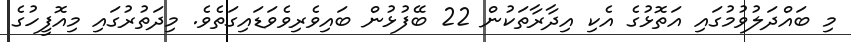
މި ބައްދަލުވުމުގައި އަތޮޅުގެ އެކި އިދާރާތަކުން 22 ބޭފުޅުން ބައިވެރިވެވަޑައިގަތެވެ. މިދަތުރުގައި މިއޮފީހުގެ